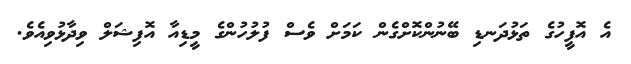
އެ އޮފީހުގެ ތަޅުދަނޑި ބޭނުންކޮށްގެން ކަމަށް ވެސް ފުލުހުންގެ މީޑިއާ އޮފިޝަލް ވިދާޅުވިއެވެ.